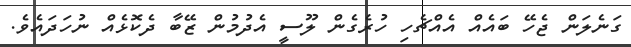
ގަނެލަން ޖެހޭ ބައެއް އެއްޗެހި ހުރެގެން ލޫސީ އެދުމުން ޒޭބާ ދެކޮޅެއް ނުހަދައެވެ.